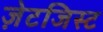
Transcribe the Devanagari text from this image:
ज़ेटजिस्ट